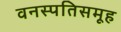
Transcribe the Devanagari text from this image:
वनस्पतिसमूह